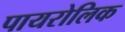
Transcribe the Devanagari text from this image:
पायरोलिक